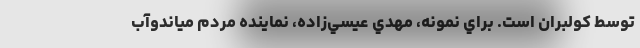
توسط كولبران است. براي نمونه، مهدي عيسي‌زاده، نماينده مردم مياندوآب